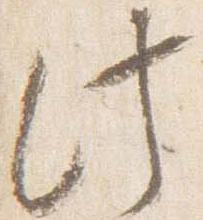
此